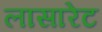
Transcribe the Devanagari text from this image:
लासारेट